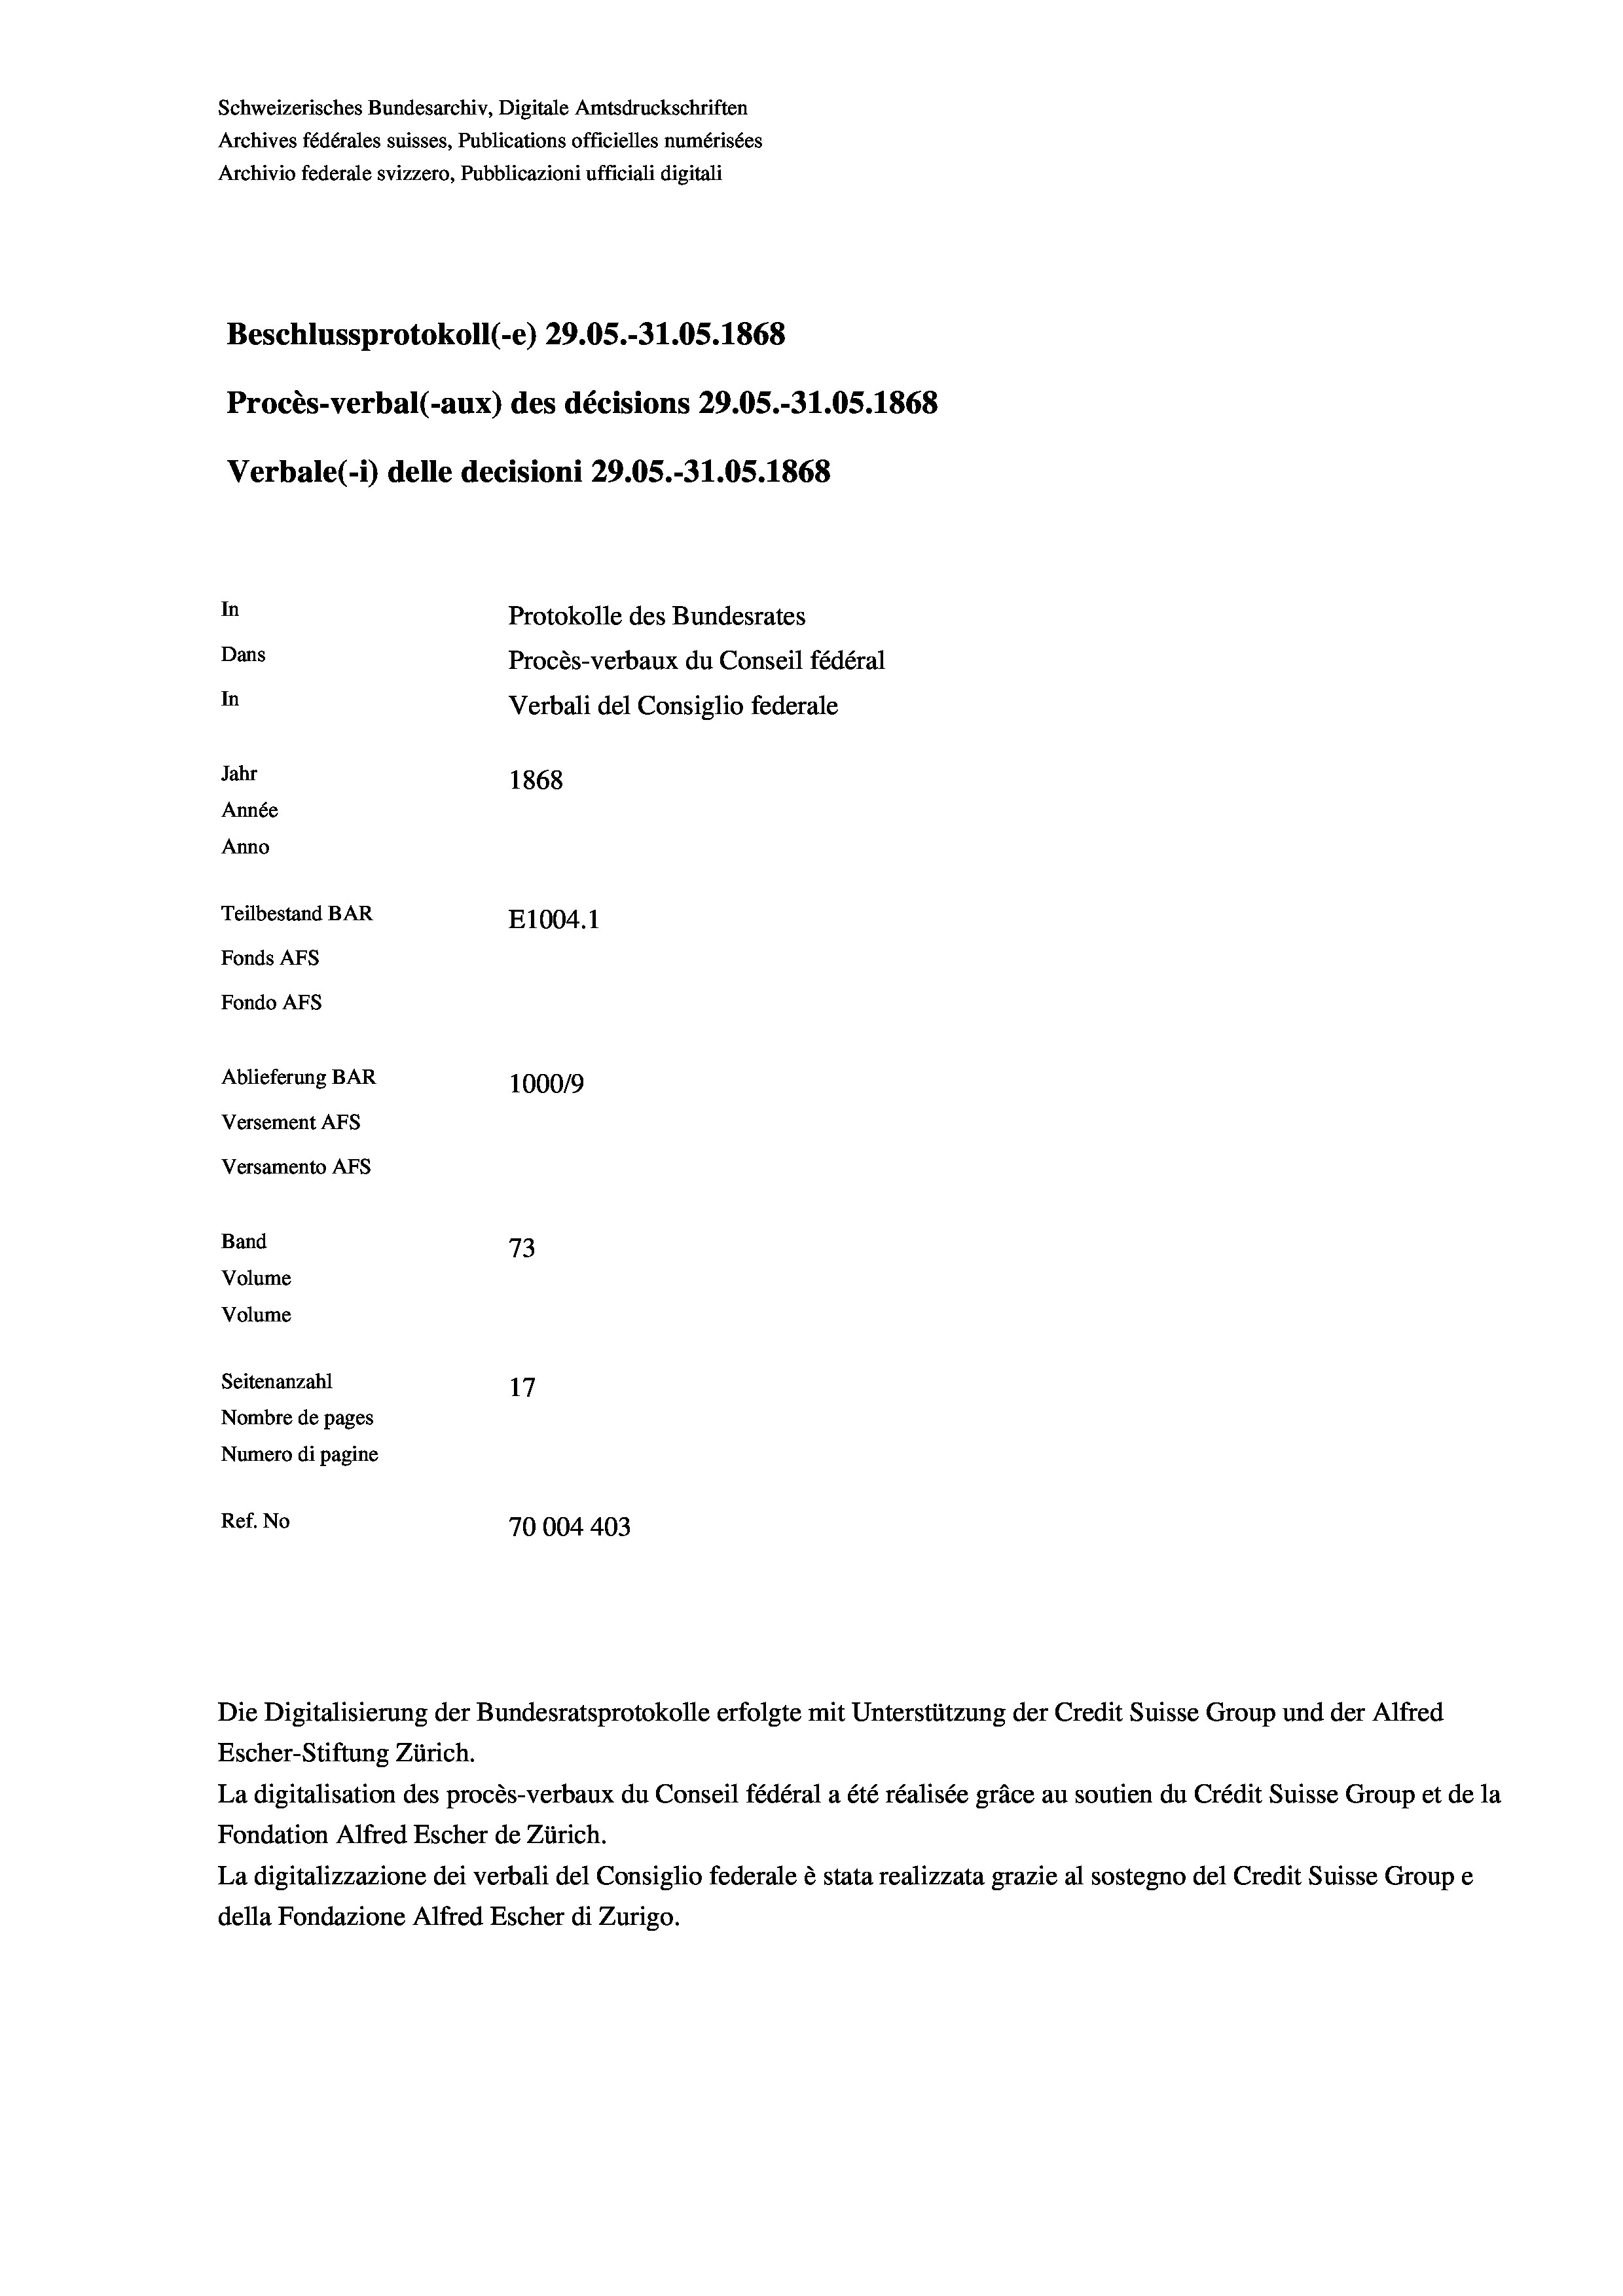
Beschlussprotokoll (-e) 29.05.-31.05. 1868
Procès-verbal (-aux) des décisions 29.05.-31.05. 1868
In
Protokolle des Bundesrates
Dans
Procès-verbaux du Conseil fédéral
In
Verbali del Consiglio federale
Jahr
1868
Année
Anno
Teilbestand BAR
E1004. 1
Fonds AFs
Fondo Afs
Ablieferung BAR
100019
Versement Ans

Band
Volume
Volume

Versamento Afs

73
Seitenanzahl
17
Nombre de pages
Numero di pagine
Ref. No
70004 403

Schweizerisches Bundesarchiv, Digitale Amtsdruckschriften
Archives fédérales suisses, Publications officielles numérisées
Archivio federale svizzero, Pubblicazioni ufficiali digitali

Verbale (- 1) delle decisioni 29.05.-31.05. 1868

Die Digitalisierung der Bundesratsprotokolle erfolgte mit Unterstützung der Credit Suisse Group und der Alfred
Escher-Stiftung Zürich.
La digitalisation des procès-verbaux du Conseil fédéral a été réalisée gräce au soutien du Crédit Suisse Group et de la
Fondation Alfred Escher de Zürich.
La digitalizzazione dei verbali del Consiglio federale è stata realizzata grazie al sostegno del Credit Suisse Groupe
della Fondazione Alfred Escher di Zurigo.